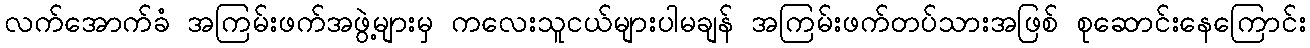
လက်အောက်ခံ အကြမ်းဖက်အဖွဲ့များမှ ကလေးသူငယ်များပါမချန် အကြမ်းဖက်တပ်သားအဖြစ် စုဆောင်းနေကြောင်း